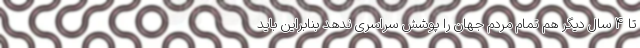
تا 4 سال دیگر هم تمام مردم جهان را پوشش سراسری ندهد بنابراین باید